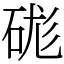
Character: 硥